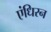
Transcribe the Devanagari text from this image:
एंधिरन